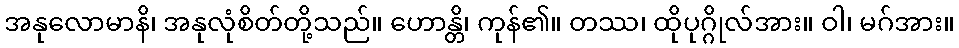
အနုလောမာနိ၊ အနုလုံစိတ်တို့သည်။ ဟောန္တိ၊ ကုန်၏။ တဿ၊ ထိုပုဂ္ဂိုလ်အား။ ဝါ၊ မဂ်အား။